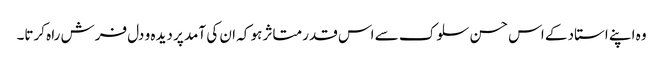
وہ اپنے استاد کے اس حسن سلوک سے اس قدر متاثر ہو کہ ان کی آمد پر دیدہ و دل فرش راہ کرتا۔